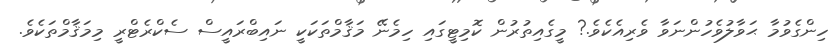
ހިންގެވުމާ ޙަވާލުވެހުންނަވާ ވެރިއެކެވެ.? މީގެއިތުރުން ކޮމިޓީގައި ހިމެނޭ މަޤާމްތަކަކީ ނައިބްރައީސް ސެކްރެޓްރީ މިމަޤާމްތަކެވެ.